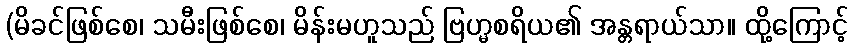
(မိခင်ဖြစ်စေ၊ သမီးဖြစ်စေ၊ မိန်းမဟူသည် ဗြဟ္မစရိယ၏ အန္တရာယ်သာ။ ထို့ကြောင့်